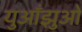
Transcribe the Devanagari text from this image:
युआँझुओ